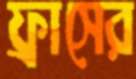
ফ্রাসের